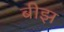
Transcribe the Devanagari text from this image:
बीझ